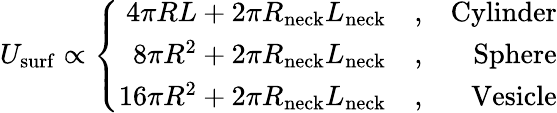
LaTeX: U_{\mathrm{surf}}\propto\left\{ \begin{array}{rlr}{4\pi RL+2\pi R_{\mathrm{neck}}L_{\mathrm{neck}}}&{,}&{\mathrm{Cylinder}}\\ {8\pi R^{2}+2\pi R_{\mathrm{neck}}L_{\mathrm{neck}}}&{,}&{\mathrm{Sphere}}\\ {16\pi R^{2}+2\pi R_{\mathrm{neck}}L_{\mathrm{neck}}}&{,}&{\mathrm{Vesicle}}\end{array}\right.